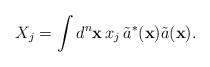
LaTeX: \begin{align*}X_j&= \int d^n \mathbf{x}\, x_j \, \tilde{a}^*(\textbf{x}) \tilde{a}(\textbf{x}).\end{align*}